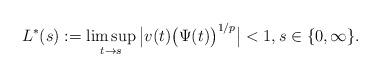
LaTeX: \begin{align*}L^*(s):=\limsup_{t\to s}\big|v(t)\big(\Psi(t)\big)^{1/p}\big|<1,s\in\{0,\infty\}.\end{align*}